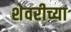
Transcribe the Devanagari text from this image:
शेवरीच्या